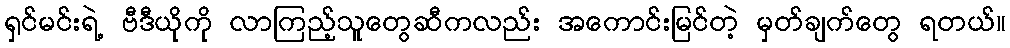
ရှင်မင်းရဲ့ ဗီဒီယိုကို လာကြည့်သူတွေဆီကလည်း အကောင်းမြင်တဲ့ မှတ်ချက်တွေ ရတယ်။